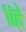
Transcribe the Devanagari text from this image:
॥हे